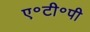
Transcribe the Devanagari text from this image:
ए॰टी॰पी